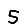
Digit: 5